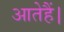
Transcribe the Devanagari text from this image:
आतेहैं।